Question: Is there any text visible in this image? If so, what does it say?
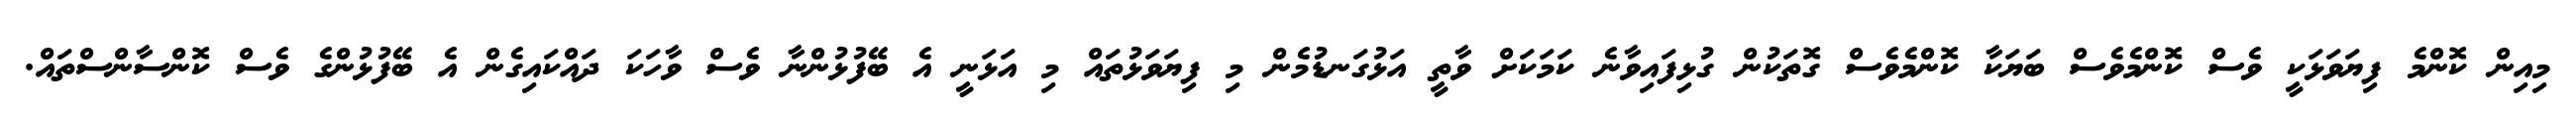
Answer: މިއިން ކޮންމެ ފިޔަވަޅަކީ ވެސް ކޮންމެވެސް ބަޔަކާ ކޮންމެވެސް ގޮތަކުން ގުޅިފައިވާނެ ކަމަކަށް ވާތީ އަޅުގަނޑުމެން މި ފިޔަވަޅުތައް މި އަޅަނީ އެ ބޭފުޅުންނާ ވެސް ވާހަކަ ދައްކައިގެން އެ ބޭފުޅުންގެ ވެސް ކޮންސާންސްތައް.